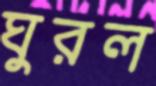
ঘুরল